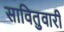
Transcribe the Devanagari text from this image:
सावितुवारी